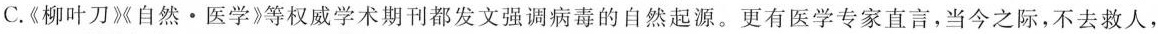
C.《柳叶刀》自然·医学》等权威学术期刊都发文强调病毒的自然起源。更有医学专家直言，当今之际，不去救人，